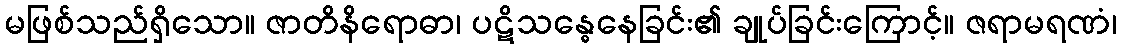
မဖြစ်သည်ရှိသော။ ဇာတိနိရောဓာ၊ ပဋိသန္ဓေနေခြင်း၏ ချုပ်ခြင်းကြောင့်။ ဇရာမရဏံ၊